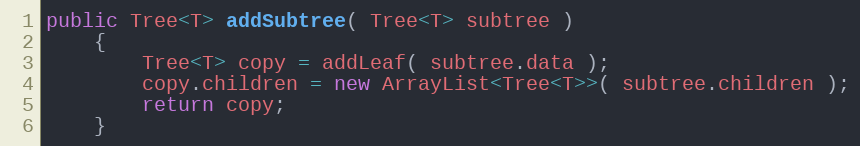
Language: Java
public Tree<T> addSubtree( Tree<T> subtree )
    {
        Tree<T> copy = addLeaf( subtree.data );
        copy.children = new ArrayList<Tree<T>>( subtree.children );
        return copy;
    }